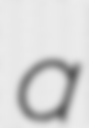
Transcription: a